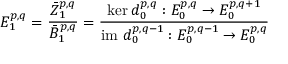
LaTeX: E _ { 1 } ^ { p , q } = { \frac { { \bar { Z } } _ { 1 } ^ { p , q } } { { \bar { B } } _ { 1 } ^ { p , q } } } = { \frac { \ker d _ { 0 } ^ { p , q } : E _ { 0 } ^ { p , q } \rightarrow E _ { 0 } ^ { p , q + 1 } } { { \mathrm { i m ~ } } d _ { 0 } ^ { p , q - 1 } : E _ { 0 } ^ { p , q - 1 } \rightarrow E _ { 0 } ^ { p , q } } }